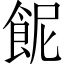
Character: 𩚯